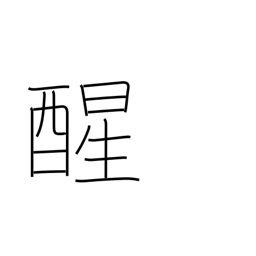
Meaning: awake